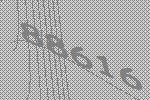
88616